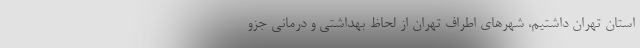
استان تهران داشتیم، شهرهای اطراف تهران از لحاظ بهداشتی و درمانی جزو